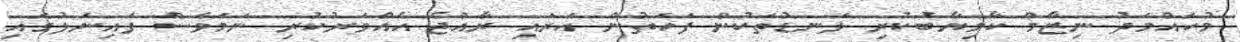
މުހައްމަދު ނިޒާމް ކާމިޔާބުކުރި ލަނޑުތަކުން ފަހަތުން އަރައި ރާއްޖެ އެއްވަރުކުރި ނަމަވެސް ފައިނަލުގައި